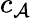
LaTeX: c_{\mathcal{A}}